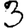
Digit: 3